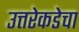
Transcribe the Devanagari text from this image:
उत्तरेकडेचा